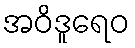
အဝိဒူရေဝ